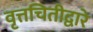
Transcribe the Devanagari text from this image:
वृत्तचितीद्वारे